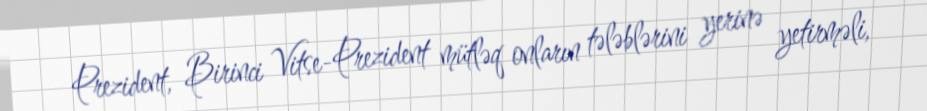
Prezident, Birinci Vitse-Prezident mütləq onların tələblərini yerinə yetirməli,